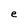
Character: e